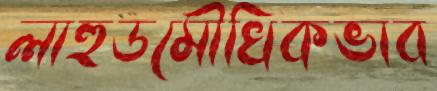
লাহুডমৌখিকভাব